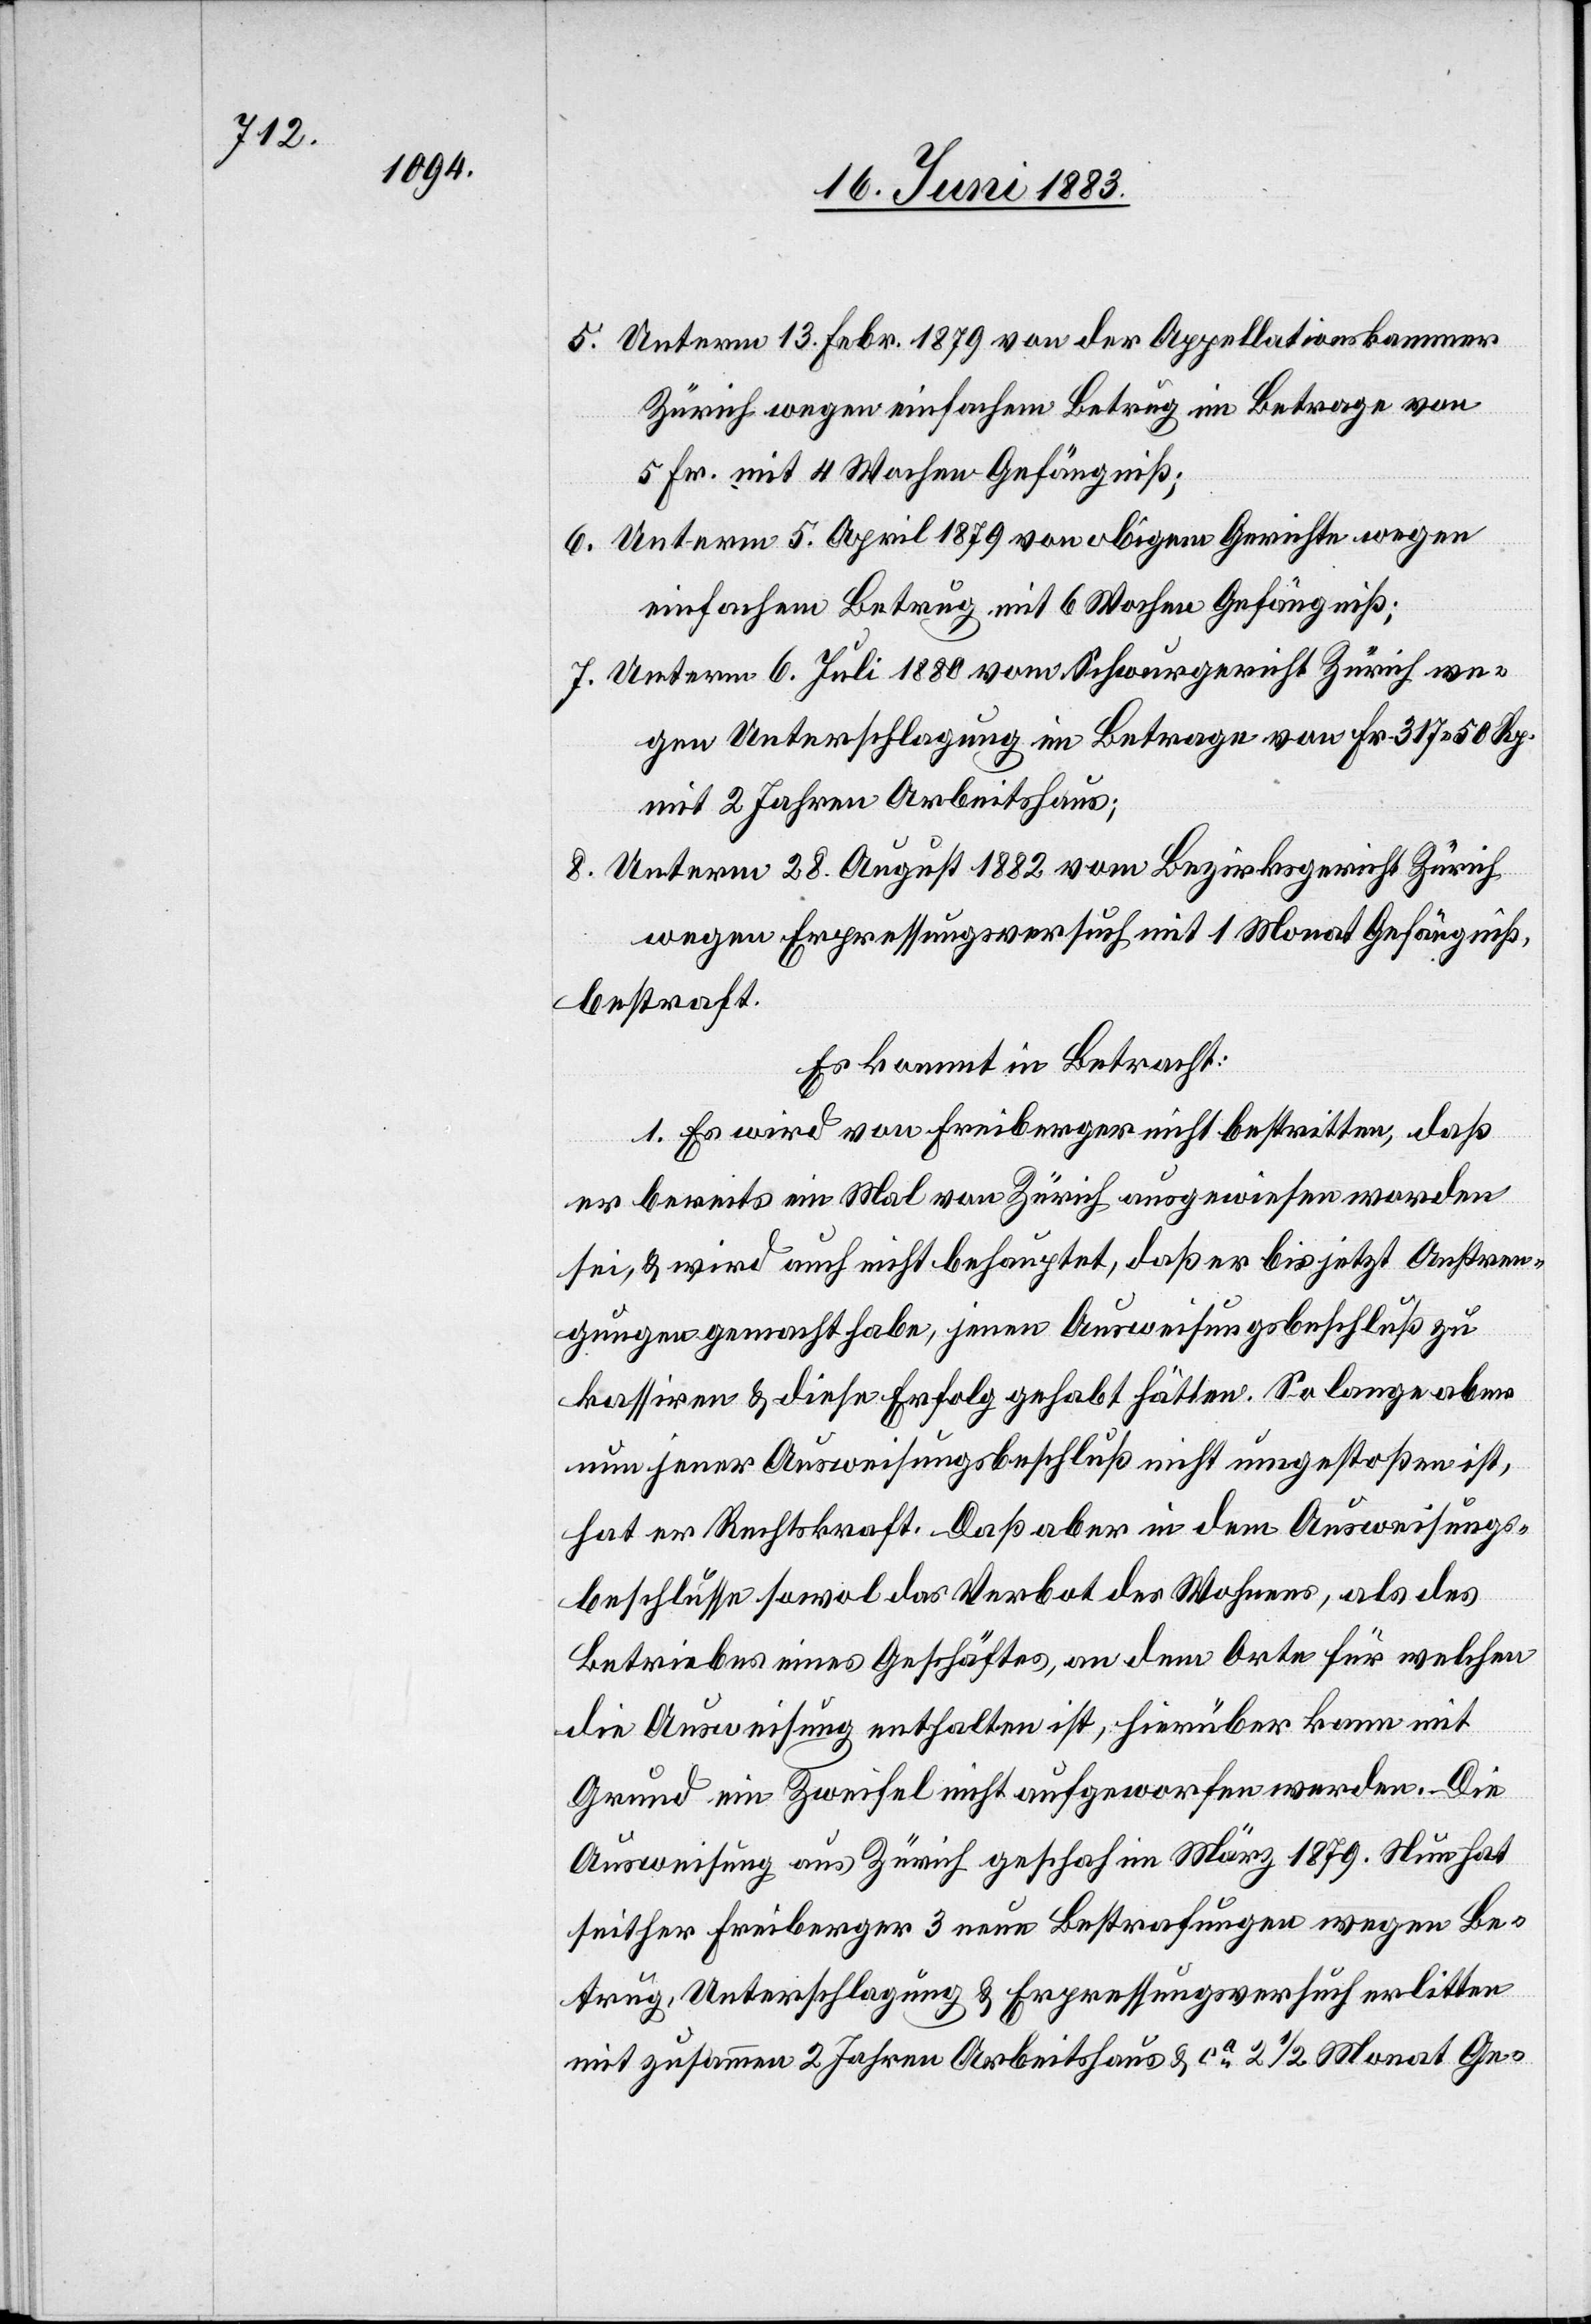
5. Unterm 13. Febr. 1879 von der Appellationskammer
Zürich wegen einfachem Betrug im Betrage von
5 Fr. mit 4 Wochen Gefängniß;
6. Unterm 5. April 1879 von obigem Gerichte wegen
einfachem Betrug mit 6 Wochen Gefängniß;
7. Unterm 6. Juli 1880 vom Schwurgericht Zürich we¬
gen Unterschlagung im Betrage von Fr. 317 50 Rp.
mit 2 Jahren Arbeitshaus;
8. Unterm 28. August 1882 vom Bezirksgericht Zürich
wegen Erpressungsversuch mit 1 Monat Gefängniß
bestraft.
Es kommt in Betracht:
1. Es wird von Freiberger nicht bestritten, daß
er bereits ein Mal von Zürich ausgewiesen worden
sei, & wird auch nicht behauptet, daß er bis jetzt Anstren¬
gungen gemacht habe, jenen Ausweisungsbeschluß zu
kassiren & diese Erfolg gehabt hätten. So lange aber
nun jener Ausweisungbeschluß nicht umgestoßen ist,
hat er Rechtskraft. Daß aber in dem Ausweisungs¬
beschlusse sowol das Verbot des Wohnens, als des
Betriebes eines Geschäftes, an dem Orte für welchen
die Ausweisung enthalten ist, hierüber kann mit
Grund ein Zweifel nicht aufgeworfen werden. Die
Ausweisung aus Zürich geschah im März 1879. Nun hat
seither Freiberger 3 neue Bestrafungen wegen Be¬
trug, Unterschlagung & Erpressungsversuch erlitten
mit zusammen 2 Jahren Arbeitshaus & ca 2 1/2 Monat Ge-